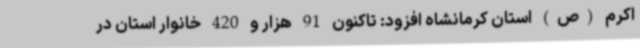
اکرم (ص) استان کرمانشاه افزود: تاکنون 91 هزار و 420 خانوار استان در